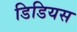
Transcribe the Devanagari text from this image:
डिडियस